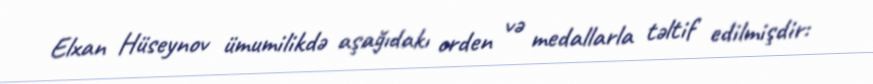
Elxan Hüseynov ümumilikdə aşağıdakı orden və medallarla təltif edilmişdir: